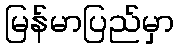
မြန်မာပြည်မှာ